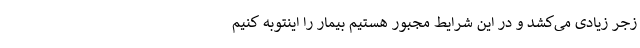
زجر زیادی می‌کشد و در این شرایط مجبور هستیم بیمار را اینتوبه کنیم